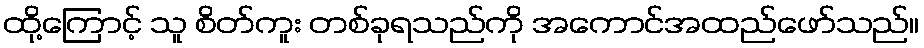
ထို့ကြောင့် သူ စိတ်ကူး တစ်ခုရသည်ကို အကောင်အထည်ဖော်သည်။